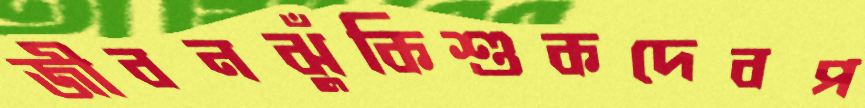
জীবনঝুঁকিশুকদেবপ